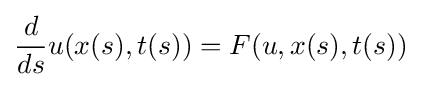
{\frac {d}{ds}}u(x(s),t(s))=F(u,x(s),t(s))